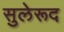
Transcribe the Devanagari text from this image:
सुलेरूद